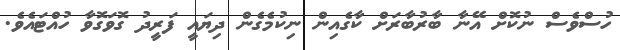
ހުސްވެސް ނުކޮށް އޭނާ ބާރުބާރަށް ކާގެއިން ނިކުމެގެން ދިޔައީ ފަރީދު ގޮވަގޮވާ ހުއްޓައެވެ.